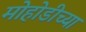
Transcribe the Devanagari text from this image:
मोहोडीच्या